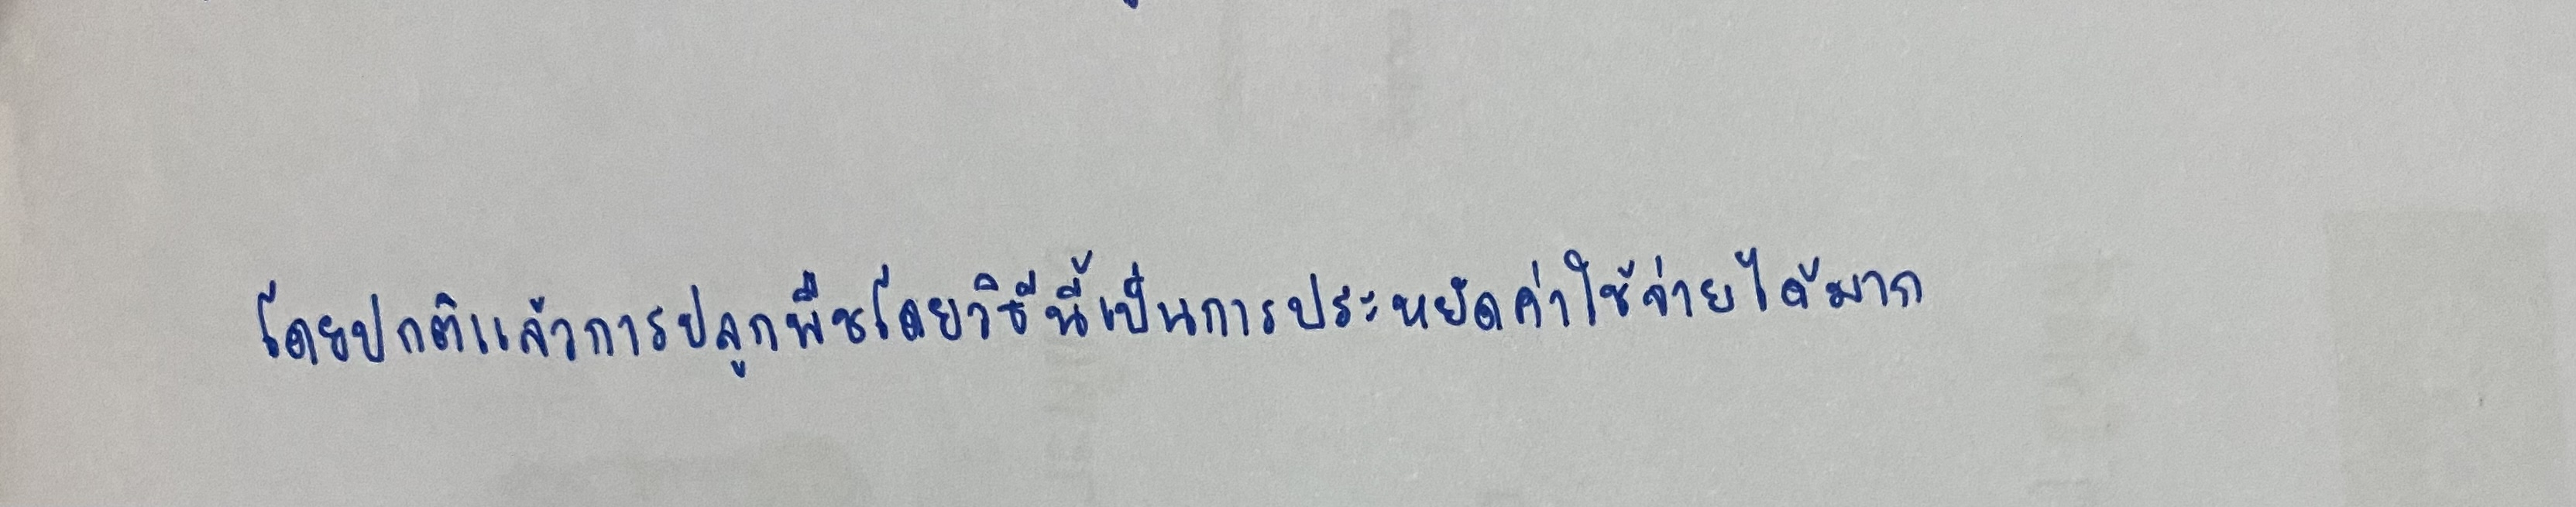
โดยปกติแล้วการปลูกพืชโดยวิธีนี้เป็นการประหยัดค่าใช้จ่ายได้มาก